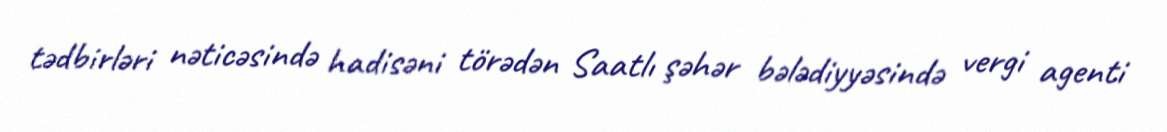
tədbirləri nəticəsində hadisəni törədən Saatlı şəhər bələdiyyəsində vergi agenti